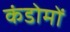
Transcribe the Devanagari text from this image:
कंडोमों